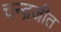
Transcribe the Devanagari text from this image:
चन्द्रजीत